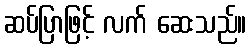
ဆပ်ပြာဖြင့် လက် ဆေးသည်။